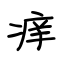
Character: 痒